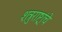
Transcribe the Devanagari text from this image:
शत्रुराष्ट्रांचे